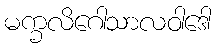
မက္ခလိဂေါသာလဝါဒေါ